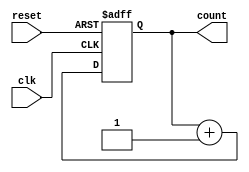
module cascaded_counter #(
    parameter N = 4  // Number of flip-flops or bits in the counter
)(
    input wire clk,       // Clock signal
    input wire reset,     // Asynchronous reset
    output reg [N-1:0] count // Counter output
);

// Always block, triggered on the rising edge of the clock or when reset is activated
always @(posedge clk or posedge reset) begin
    if (reset) begin
        // Reset the counter to zero
        count <= 0;
    end else begin
        // Count logic: increment the counter on each clock pulse
        count <= count + 1;
    end
end

endmodule